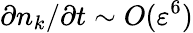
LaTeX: \partial n_{k}/\partial t\sim O(\varepsilon^{6})